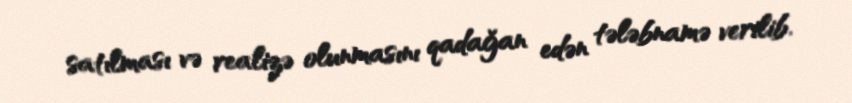
satılması və realizə olunmasını qadağan edən tələbnamə verilib.